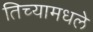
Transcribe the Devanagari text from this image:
तिच्यामधले